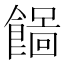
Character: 𩞓